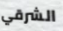
الشرقي